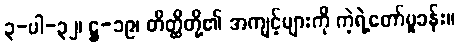
၃-ပါ-၃၂၊ ဋ္ဌ-၁၉၊ တိတ္ထိတို့၏ အကျင့်များကို ကဲ့ရဲ့တော်မူခန်း။